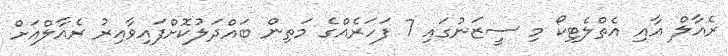
ރެއާލް އާއި އެތްލެޓިކޯ މި ސީޒަނުގައި 7 ފަހަރެއްގެ މަތިން ބައްދަލުކޮށްފައިވާއިރު ރެއާލްއަށް